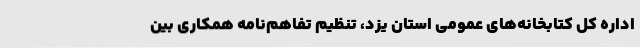
اداره کل کتابخانه‌های عمومی استان یزد، تنظیم تفاهم‌نامه همکاری بین